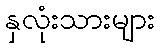
နှလုံးသားများ